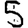
Digit: 5